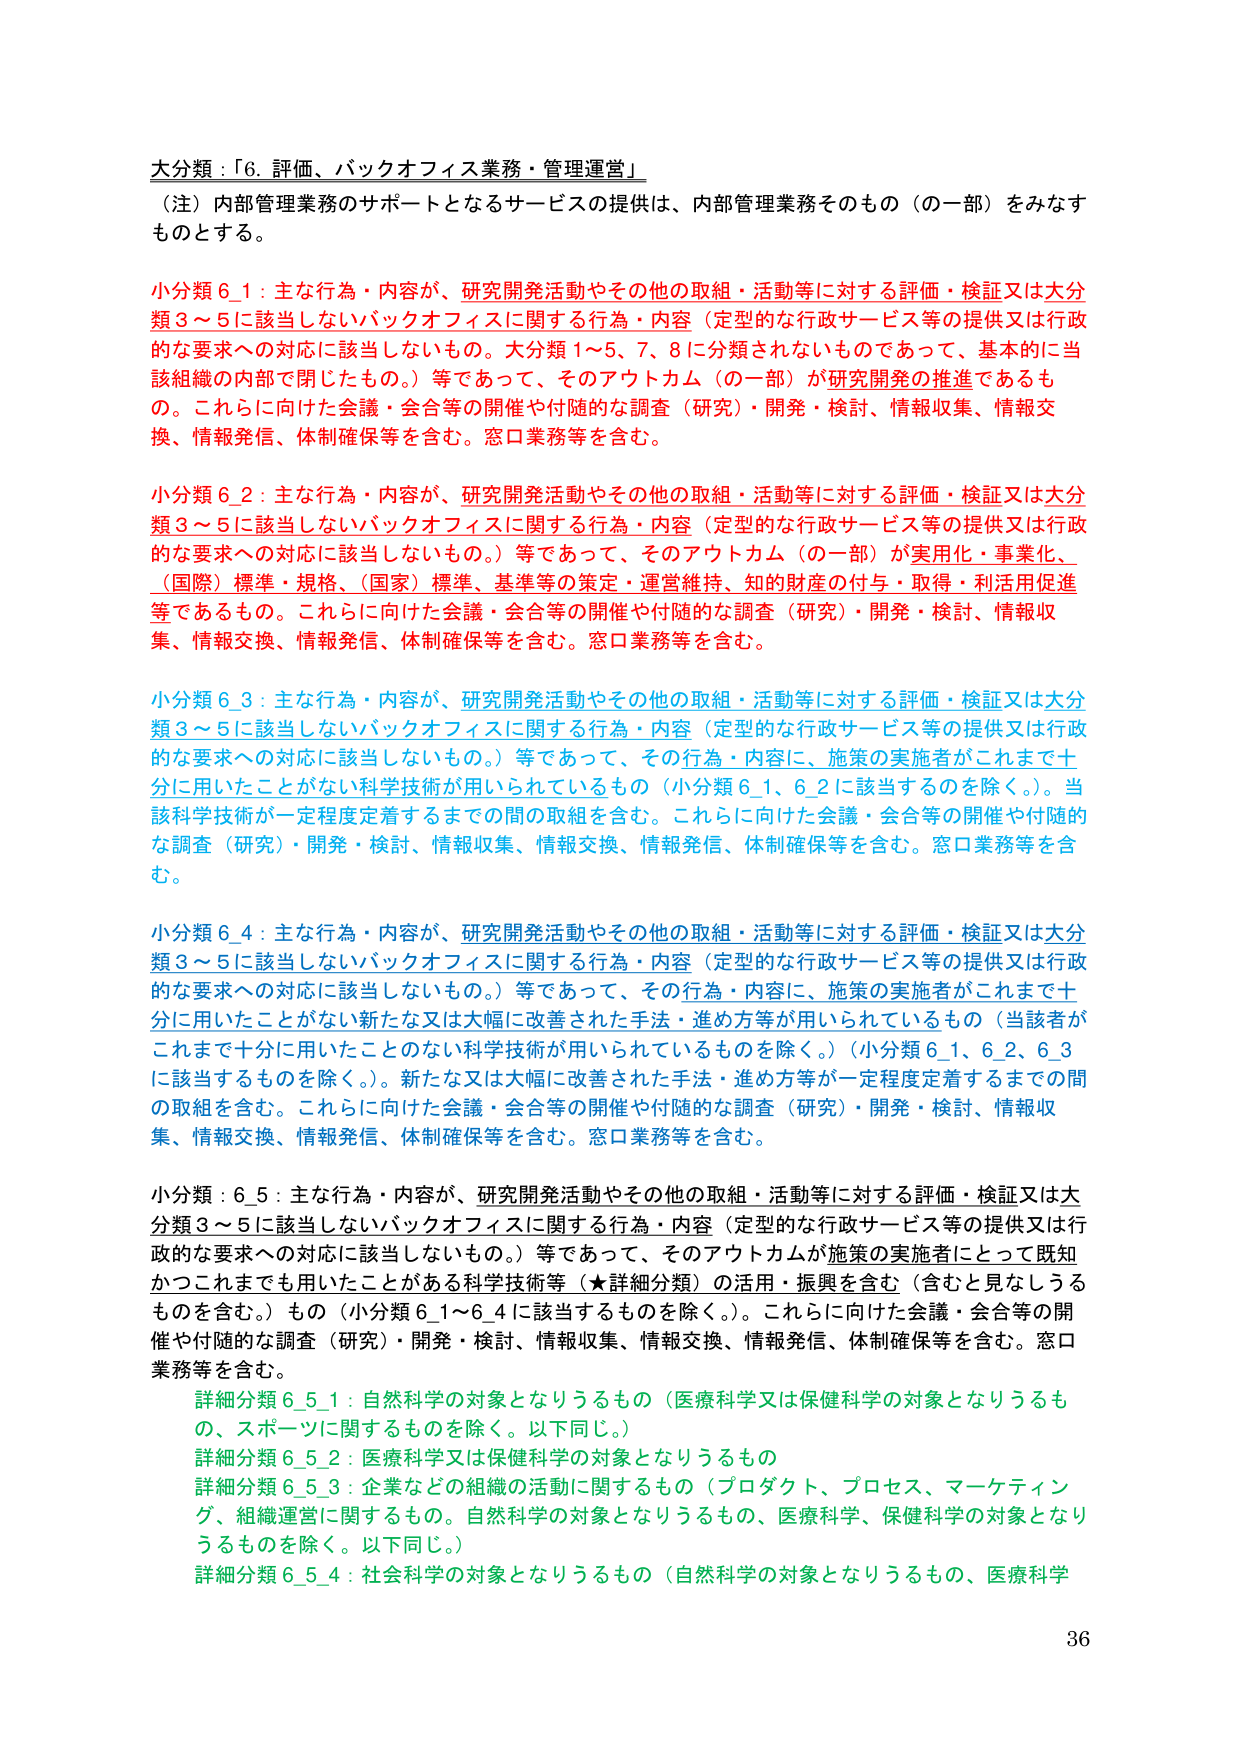
大分類：「6. 評価、バックオフィス業務・管理運営」

（注）内部管理業務のサポートとなるサービスの提供は、内部管理業務そのもの（の一部）をみなすものとする。

小分類 6_1：主な行為・内容が、研究開発活動やその他の取組・活動等に対する評価・検証又は大分類3～5に該当しないバックオフィスに関する行為・内容（定型的な行政サービス等の提供又は行政的な要求への対応に該当しないもの。大分類1～5、7、8に分類されないものであって、基本的には当該組織の内部で閉じたもの。）等であって、そのアウトカム（の一部）が研究開発の推進であるもの。これらに向けた会議・会合等の開催や付随的な調査（研究）・開発・検討、情報収集、情報交換、情報発信、体制確保等を含む。窓口業務等を含む。

小分類 6_2：主な行為・内容が、研究開発活動やその他の取組・活動等に対する評価・検証又は大分類3～5に該当しないバックオフィスに関する行為・内容（定型的な行政サービス等の提供又は行政的な要求への対応に該当しないもの。）等であって、そのアウトカム（の一部）が実用化・事業化、（国際）標準・規格、（国家）標準、基準等の策定・運営維持、知的財産の付与・取得・利活用促進等であるもの。これらに向けた会議・会合等の開催や付随的な調査（研究）・開発・検討、情報収集、情報交換、情報発信、体制確保等を含む。窓口業務等を含む。

小分類 6_3：主な行為・内容が、研究開発活動やその他の取組・活動等に対する評価・検証又は大分類3～5に該当しないバックオフィスに関する行為・内容（定型的な行政サービス等の提供又は行政的な要求への対応に該当しないもの。）等であって、その行為・内容に、施策の実施者がこれまで十分に用いたことがない科学技術が用いられているもの（小分類6_1、6_2に該当するものを除く。）。当該科学技術が一定程度定着するまでの間の取組を含む。これらに向けた会議・会合等の開催や付随的な調査（研究）・開発・検討、情報収集、情報交換、情報発信、体制確保等を含む。窓口業務等を含む。

小分類 6_4：主な行為・内容が、研究開発活動やその他の取組・活動等に対する評価・検証又は大分類3～5に該当しないバックオフィスに関する行為・内容（定型的な行政サービス等の提供又は行政的な要求への対応に該当しないもの。）等であって、その行為・内容に、施策の実施者がこれまで十分に用いたことがない新たな又は大幅に改善された手法・進め方等が用いられているもの（当該者がこれまで十分に用いたことのない科学技術が用いられているものを除く。）（小分類6_1、6_2、6_3に該当するものを除く。）。新たな又は大幅に改善された手法・進め方等が一定程度定着するまでの間の取組を含む。これらに向けた会議・会合等の開催や付随的な調査（研究）・開発・検討、情報収集、情報交換、情報発信、体制確保等を含む。窓口業務等を含む。

小分類：6_5：主な行為・内容が、研究開発活動やその他の取組・活動等に対する評価・検証又は大分類3～5に該当しないバックオフィスに関する行為・内容（定型的な行政サービス等の提供又は行政的な要求への対応に該当しないもの。）等であって、そのアウトカムが施策の実施者にとって既知かつこれまでも用いたことがある科学技術等（★詳細分類）の活用・振興を含む（含むと見なしうるものを含む。）もの（小分類6_1～6_4に該当するものを除く。）。これらに向けた会議・会合等の開催や付随的な調査（研究）・開発・検討、情報収集、情報交換、情報発信、体制確保等を含む。窓口業務等を含む。

　詳細分類 6_5_1：自然科学の対象となりうるもの（医療科学又は保健科学の対象となりうるもの、スポーツに関するものを除く。以下同じ。）
　詳細分類 6_5_2：医療科学又は保健科学の対象となりうるもの
　詳細分類 6_5_3：企業などの組織の活動に関するもの（プロダクト、プロセス、マーケティング、組織運営に関するもの。自然科学の対象となりうるもの、医療科学、保健科学の対象となりうものを除く。以下同じ。）
　詳細分類 6_5_4：社会科学の対象となりうるもの（自然科学の対象となりうるもの、医療科学

36